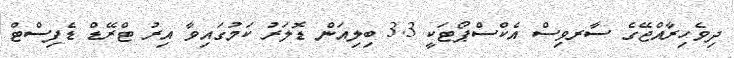
ދިވެހިރާއްޖޭގެ ސާރވިސް އެކްސްޕޯޓަކީ 3.3 ބިލިއަން ޑޮލަރު ކަމުގައިވާ އިރު ޓްރޭޑް ޑެފިސްޓް